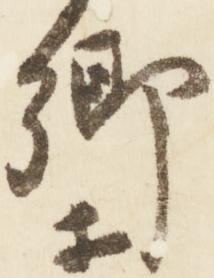
卿